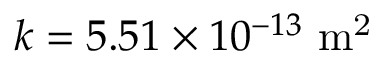
k = 5 . 5 1 \times 1 0 ^ { - 1 3 } \ \mathrm { m ^ { 2 } }